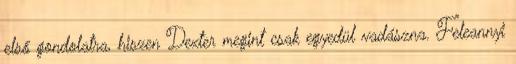
első gondolatra, hiszen Dexter megint csak egyedül vadászna. Feleannyi